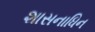
શાસનાધિન